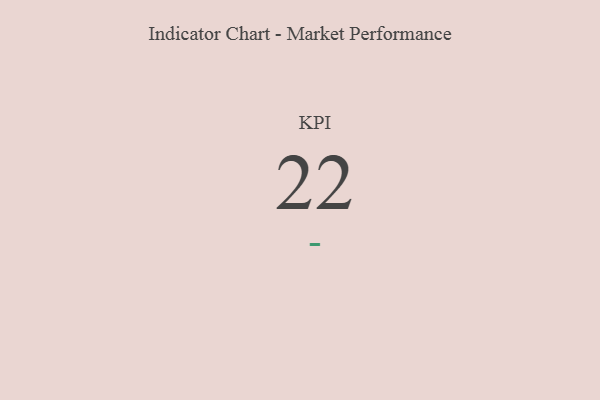
{"axis": {"x": "KPI", "y": "Value"}, "legend": [""], "data": [{"x": "KPI", "y": 22, "type": ""}]}